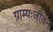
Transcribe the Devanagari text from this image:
ग्राम्यःजीवन